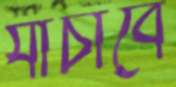
যাচাবে